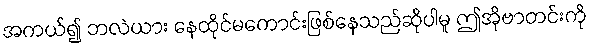
အကယ်၍ ဘလဲယား နေထိုင်မကောင်းဖြစ်နေသည်ဆိုပါမူ ဤအိုဗာတင်းကို